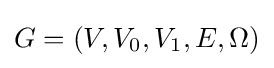
G=(V,V_{0},V_{1},E,\Omega )